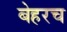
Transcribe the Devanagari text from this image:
बेहरच